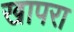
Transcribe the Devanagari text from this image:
खापरा